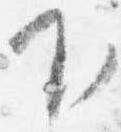
下